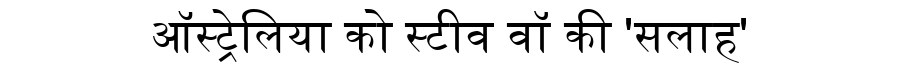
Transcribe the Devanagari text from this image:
ऑस्ट्रेलिया को स्टीव वॉ की 'सलाह'